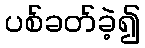
ပစ်ခတ်ခဲ့၍